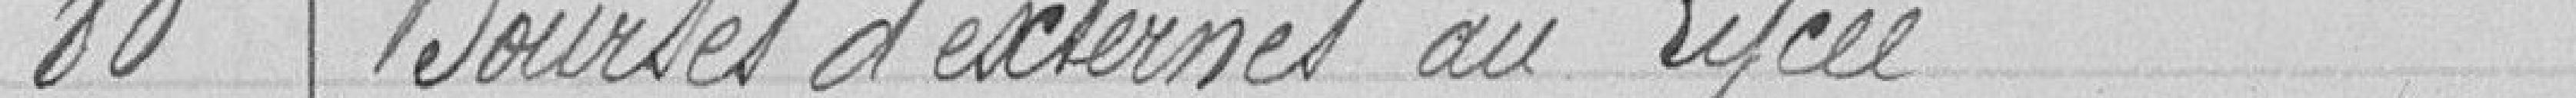
80 Bourses d'externes au lycée